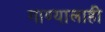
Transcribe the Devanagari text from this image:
गाण्यालाही